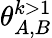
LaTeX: \theta_{A,B}^{k>1}